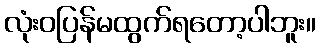
လုံးဝပြန်မထွက်ရတော့ပါဘူး။